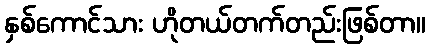
နှစ်ကောင်သား ဟိုတယ်တက်တည်းဖြစ်တာ။